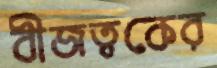
বীজত্বকের